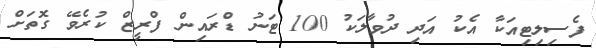
ފެސިލިޓިއަކާ އެކު އަދި ދުވާލަކު 100 ޓަނު ޑްރައިން ފްރީޒް ކުރެވޭ ގޮތަށް